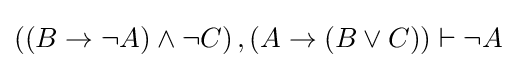
\left(\left(B\rightarrow \lnot A\right)\land \lnot C\right),\left(A\rightarrow \left(B\lor C\right)\right)\vdash \lnot A